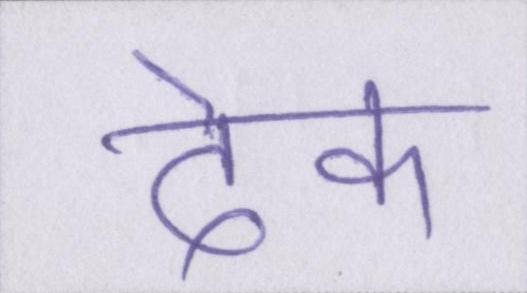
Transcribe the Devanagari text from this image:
देक